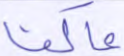
عاكفا